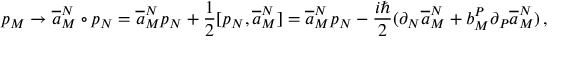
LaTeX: p _ { M } \to \overline { { { a } } } _ { M } ^ { N } \circ p _ { N } = \overline { { { a } } } _ { M } ^ { N } p _ { N } + \frac { 1 } { 2 } [ p _ { N } , \overline { { { a } } } _ { M } ^ { N } ] = \overline { { { a } } } _ { M } ^ { N } p _ { N } - \frac { i \hbar } { 2 } ( \partial _ { N } \overline { { { a } } } _ { M } ^ { N } + b _ { M } ^ { P } \partial _ { P } \overline { { { a } } } _ { M } ^ { N } ) \, ,